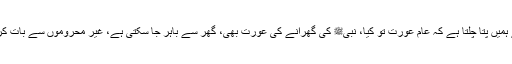
اس آیت سے ہمیں پتا چلتا ہے کہ عام عورت تو کیا، نبیﷺ کی گھرانے کی عورت بھی، گھر سے باہر جا سکتی ہے، غیر محروموں سے بات کر سکتی ہے۔